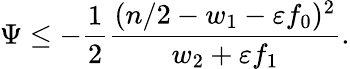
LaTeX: \Psi\le-\frac 12\frac{(n/2-w_{1}-\varepsilon f_{0})^{2}}{w_{2}+\varepsilon f_{1}}.